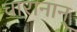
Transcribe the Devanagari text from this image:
चारानान्